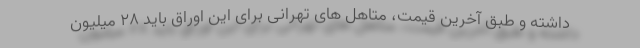
داشته و طبق آخرین قیمت، متاهل های تهرانی برای این اوراق باید ۲۸ میلیون